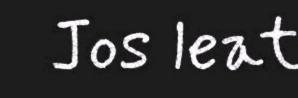
Jos leat